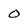
Character: O